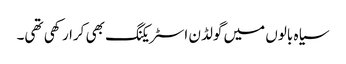
سیاہ بالوں میں گولڈن اسٹریکنگ بھی کرا رکھی تھی۔